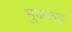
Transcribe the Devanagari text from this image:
मुजरूह